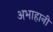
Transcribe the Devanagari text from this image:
अभाहानी